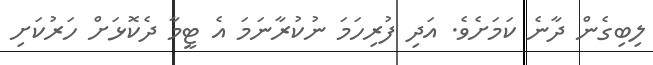
ލިބިގެން ދާނެ ކަމަށެވެ. އަދި ފުރިހަމަ ނުކުރާނަމަ އެ ޓީމާ ދެކޮޅަށް ހަރުކަށި